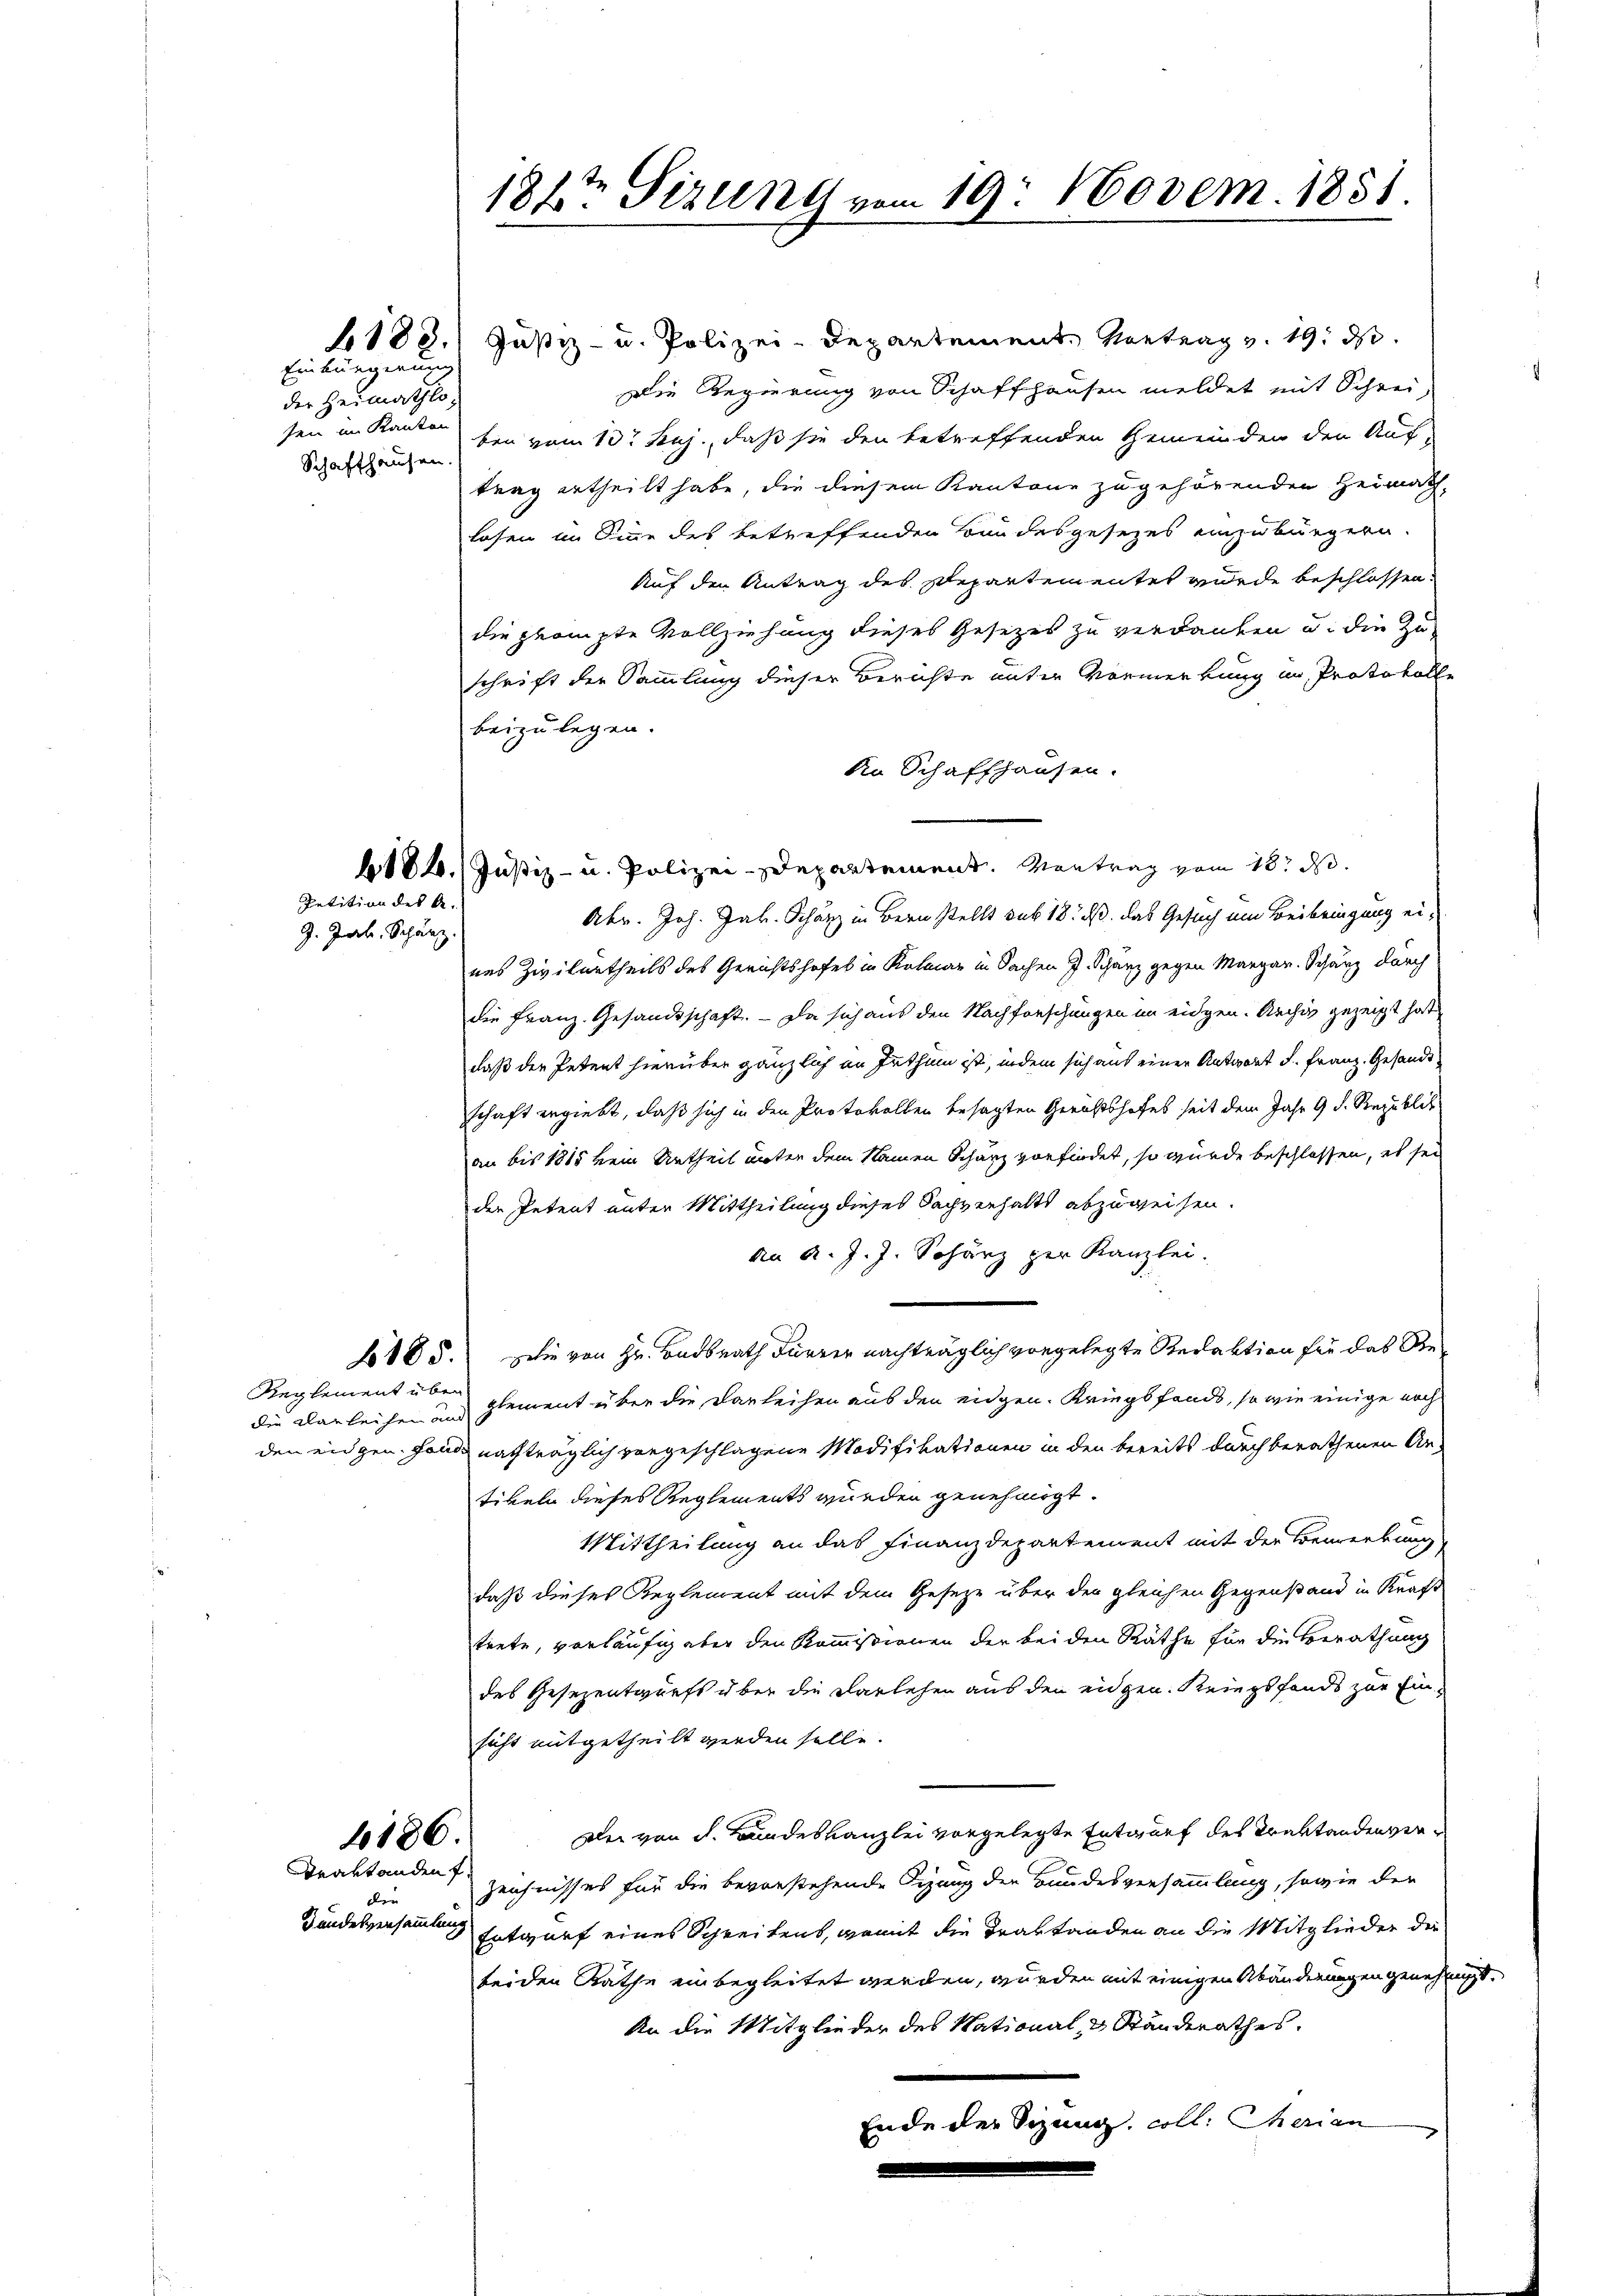
Einbürgerung
der Heimathlosen im Kanton
Schaffhausen.

183.

Petition des A.
9. Jak. Schänz

Reglement über
die Karleichen und

6186.

Fraktanden f.
der
Bundesversammlung

Justiz- u. Polizei-Departement. Vortrag v. 19. ds.
Die Regierung von Schaffhausen meldet mit Schreiben vom 13. huj., daß sie den betreffenden Gemeinden den Auf-
trag ertheilt habe, die diesem Kantone zugehörenden Heimath-
losen im Sinne des betreffenden Bandesgesezes einzubürgern.
Auf den Antrag des Departementes wurde beschlossen.
die prompte Vollziehung dieses Gesetzes zu verdanken u. die Zu
schrift der Sammlung dieser Berichte unter Vormerkung in Protokolle
beizulegen.
An Schaffhausen.
6186.) Justiz- u. Polizei-Departement. Mantrag vom 10. No.
Abr. Joh. Jak. Schänz in Bern stellt sub 18. d. das Gesuch um Beibringung eines Zivilurtheils des Gerichtshofes in Kolmar in Sachen J. Schanz gegen Margar. Schanz durch
die Franz. Gesandtschaft. - Da sich aus den Nachforschungen im eidgen. Archiv gezeigt hat
daß der Petent hierüber gänzlich an Irthum ist, indem sich auf einer Antwort d. Franz. Gesandt
schaft ergiebt, daß sich in den Protokollen besagten Gerichtshofes seit dem Jahr 9. d. Republik
an bis 1815 kein Urtheil unter dem Namen Scharz vorfindet, so würde beschlossen, es sei
der Petent unter Mittheilung dieses Sachverhalts abzuweisen.
an A. J. J. Schanz zur Kanzlei.
185. Die von Hr. Badsrath Furrer nachträglich vorgelegte Redaktion sie das Re-
glement über die Darleihen aus den eidgen. Kriegsfonds, so wie einige noch
den eidgen. Hand nachträglich vorgeschlagene Modifikationen in den bereits durch berathenen Antikeln dieses Reglements wurden genehmigt.
Mittheilung an das Finanzdepartement mit der Bemerkung,
daß dieses Reglement mit dem Geseze über der gleichen Gegenstand in Kraft
trete, vorläufig aber den Kommissionen der bei den Räthe für die Berathung
des Gesezentwurfs über die Darlehen aus den eidgen. Kriegsfonds zur Ein-
sicht mitgetheilt werden solle.
Der von d. Bundeskanzlei vorgelegte Entwurf des Traktandenver¬
Zeichnisses für die bevorstehende Figung der Bundesversammlung, sowie der
Entwurf eines Schreibens, womit die Traktanden an die Mitglieder der
beiden Rathe einbegleitet werden, wurden mit einigen Abänderungen genehmigt.
An die Mitglieder des National, 3 Ständerathes.
Ende der Sizung coll. Charian

182te Sizung vom 19. Novem. 1851.